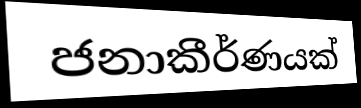
ජනාකීර්ණයක්